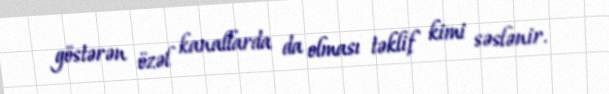
göstərən özəl kanallarda da olması təklif kimi səslənir.